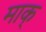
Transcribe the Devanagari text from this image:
माक्